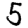
Digit: 5